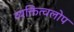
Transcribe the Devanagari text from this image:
व्यक्तित्वलोप